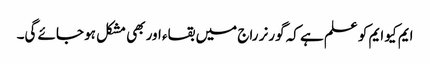
ایم کیو ایم کو علم ہے کہ گورنر راج میں بقاء اور بھی مشکل ہو جائے گی۔